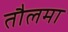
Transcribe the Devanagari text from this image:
तौलमा